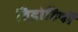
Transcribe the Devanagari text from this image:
विद्राेहियों